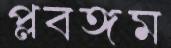
প্লবঙ্গম